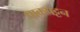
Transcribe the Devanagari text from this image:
पाकपट्टन